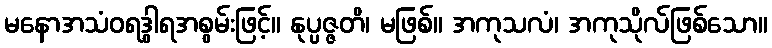
မနောအသံဝရဒွါရအစွမ်းဖြင့်။ နုပ္ပဇ္ဇတိ၊ မဖြစ်။ အကုသလံ၊ အကုသိုလ်ဖြစ်သော။